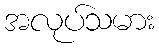
အလုပ်သမား